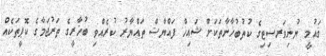
ޤައުމީ ޔުނިވަރސިޓިގެ ކުތުބުޚާނާތަކަށް ޝައިޚް ފައްޔާޟް ތައްޔާރު ކުރެއްވި ބުޚާރީގެ ތަރުޖަމާގެ ކޮޕީތަކެއް